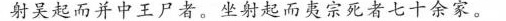
射吴起而并中王尸者。坐射起而夷宗死者七十余家。